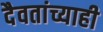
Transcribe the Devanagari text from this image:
दैवतांच्याही